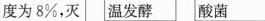
度为8 \% ，灭 温发酵 酸菌